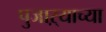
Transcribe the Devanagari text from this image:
पुजाऱ्याच्या